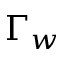
\Gamma _ { w }